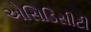
એસિડિસીટી